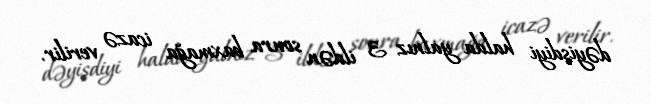
dəyişdiyi halda yalnız 3 ildən sonra baxmağa icazə verilir.